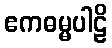
ဧကဓမ္မပါဠိ